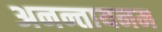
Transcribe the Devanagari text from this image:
अनन्तायनम